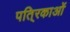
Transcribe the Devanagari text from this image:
पति्रकाओं